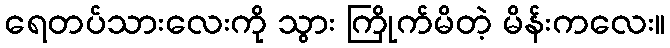
ရေတပ်သားလေးကို သွား ကြိုက်မိတဲ့ မိန်းကလေး။